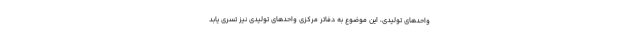
واحدهای تولیدی، این موضوع به دفاتر مرکزی واحدهای تولیدی نیز تسری یابد